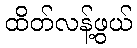
ထိတ်လန့်ဖွယ်